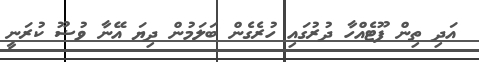
އަދި ތިން ފޫޓެއްހާ ދުރުގައި ހުރެގެން ބަލަމުން ދިޔަ އޭނާ ވުޟޫ ކުރަނީ